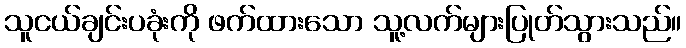
သူငယ်ချင်းပခုံးကို ဖက်ထားသော သူ့လက်များပြုတ်သွားသည်။